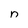
Character: n